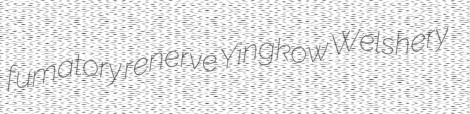
fumatory renerve Yingkow Welshery